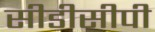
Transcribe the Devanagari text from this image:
सीडीसीपी